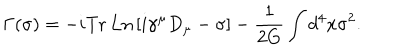
\Gamma ( \sigma ) = - i \mathrm { T r ~ L n } \left[ i \gamma ^ { \mu } D _ { \mu } - \sigma \right] - \frac { 1 } { 2 G } \int d ^ { 4 } x \sigma ^ { 2 } .